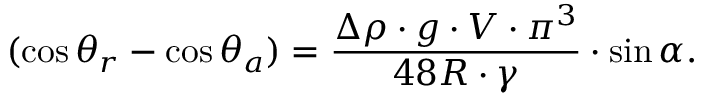
( \cos \theta _ { r } - \cos \theta _ { a } ) = \frac { \Delta \rho \cdot g \cdot V \cdot { \pi ^ { 3 } } } { 4 8 R \cdot \gamma } \cdot \sin \alpha .